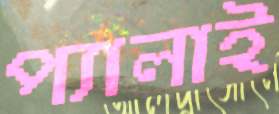
প্যালাই